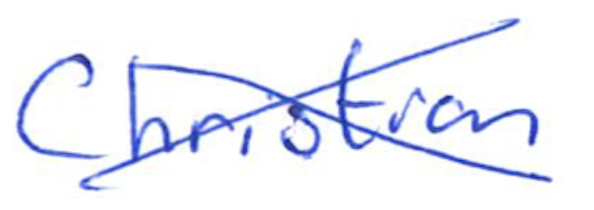
Text: Christian
Cross-out: cross
Writing tool: ballpoint